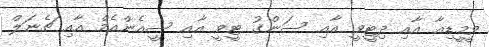
ވީމީީޑިއާ އާއި ދިޓީވީ އާއި ސަންގު ޓީވީ އާއި ސީއެންއެމް އާއި ޗެނަލް